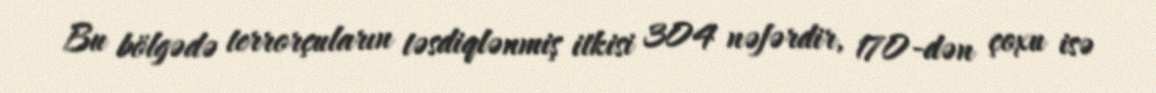
Bu bölgədə terrorçuların təsdiqlənmiş itkisi 304 nəfərdir, 170-dən çoxu isə